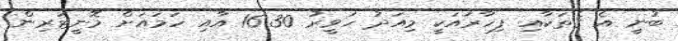
ބުނީ އެ ގެތަކާއި ފިހާރައަކީ މިއަދު ހަވީރު 16:30 އާއި ހަމައަށް މޮނީޓަރިން